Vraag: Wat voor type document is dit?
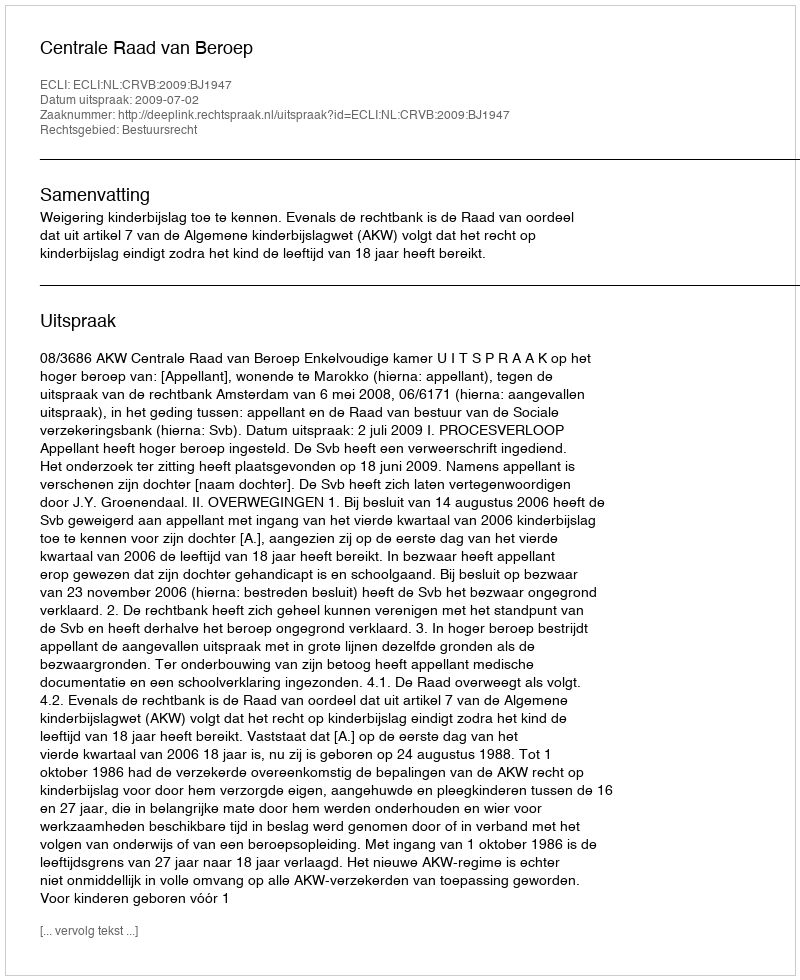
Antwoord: Uitspraak